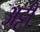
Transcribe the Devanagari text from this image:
अट्टी